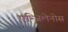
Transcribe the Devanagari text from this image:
एन्जिलेनोस